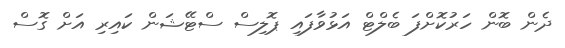
ދެން ބޮން ހަރުކޮށްފަ ބެލްޓް އަޅުވާފައި ޕޮލިސް ސްޓޭޝަން ކައިރި އަށް ގޮސް